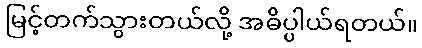
မြင့်တက်သွားတယ်လို့ အဓိပ္ပါယ်ရတယ်။